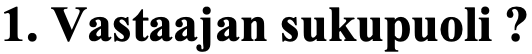
1. Vastaajan sukupuoli ?